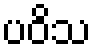
ပဝိသ